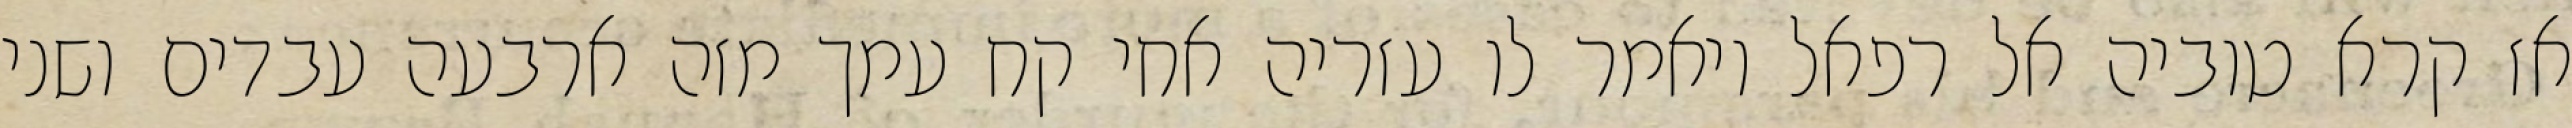
אז קרא טוביה אל רפאל ויאמר לו עזריה אחי קח עמך מזה ארבעה עבדים ושני